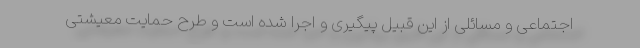
اجتماعی و مسائلی از این قبیل پیگیری و اجرا شده است و طرح حمایت معیشتی